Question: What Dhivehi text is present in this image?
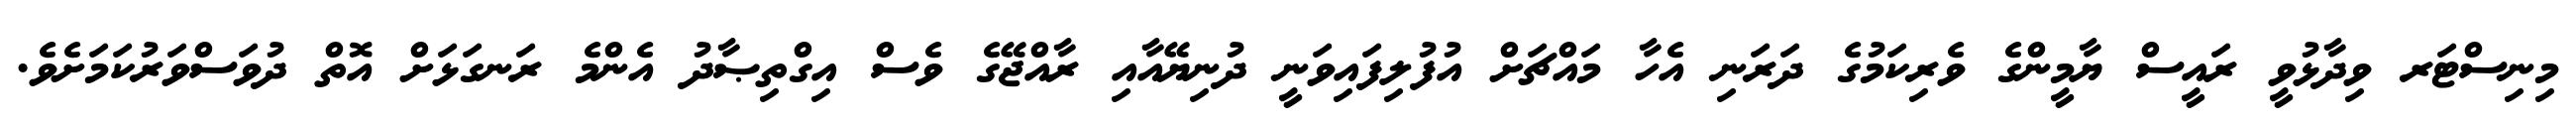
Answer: މިނިސްޓަރ ވިދާޅުވީ ރައީސް ޔާމީންގެ ވެރިކަމުގެ ދަރަނި އެހާ މައްޗަށް އުފުލިފައިވަނީ ދުނިޔޭއާއި ރާއްޖޭގެ ވެސް އިގްތިޞާދު އެންމެ ރަނގަޅަށް އޮތް ދުވަސްވަރުކަމަށެވެ.